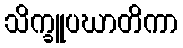
သိက္ခူပဃာတိကာ